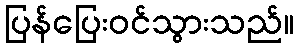
ပြန်ပြေးဝင်သွားသည်။